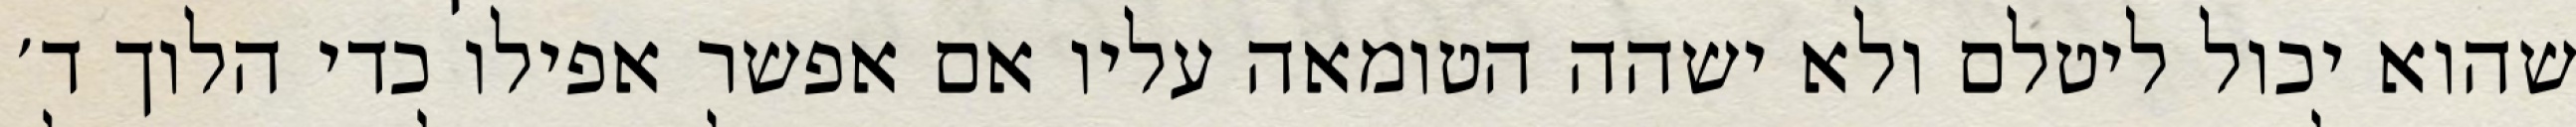
שהוא יכול ליטלם ולא ישהה הטומאה עליו אם אפשר אפילו כדי הלוך ד׳